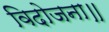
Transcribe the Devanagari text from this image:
विदोजना॥